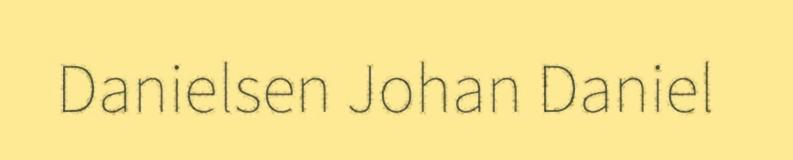
Danielsen Johan Daniel